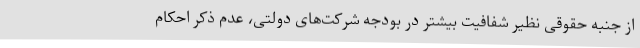
از جنبه حقوقی نظیر شفافیت بیشتر در بودجه شرکت‌های دولتی، عدم ذکر احکام